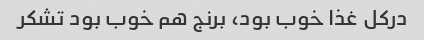
در‌کل غذا خوب بود، برنج هم خوب بود تشکر